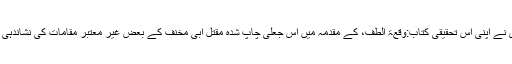
آقا غروی نے اپنی اس تحقیقی کتاب:وقعۃ الطف، کے مقدمہ میں اس جعلی چاپ شدہ مقتل ابی مخنف کے بعض غیر معتبر مقامات کی نشاندہی کی ہے ۔